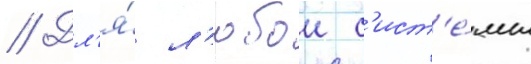
// Дл'я́ л'юбои с'ист'е́мы